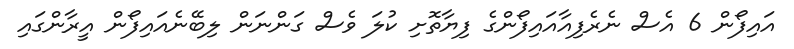
އައިފޯން 6 އެސް ނެރެފިއާއައިފޯންގެ ފިޔާތޮށި ކުލަ ވެސް ގަންނަން ލިބޭނެއައިފޯން އީރާންގައި